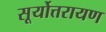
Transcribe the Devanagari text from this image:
सूर्योत्तरायण